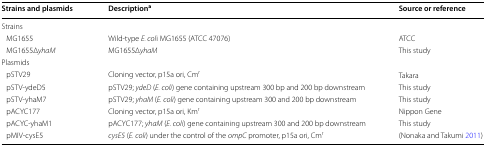
<table><thead><tr><td><b>Strains and plasmids</b></td><td><b>Description<sup>a</sup></b></td><td><b>Source or reference</b></td></tr></thead><tbody><tr><td colspan="3">Strains</td></tr><tr><td> MG1655</td><td>Wild-type <i>E. col</i>i MG1655 (ATCC 47076)</td><td>ATCC</td></tr><tr><td> MG1655Δ<i>yhaM</i></td><td>MG1655Δ<i>yhaM</i></td><td>This study</td></tr><tr><td colspan="3">Plasmids</td></tr><tr><td> pSTV29</td><td>Cloning vector, p15a ori, Cm<sup>r</sup></td><td>Takara</td></tr><tr><td> pSTV-ydeD5</td><td>pSTV29; <i>ydeD</i> (<i>E. coli</i>) gene containing upstream 300 bp and 200 bp downstream</td><td>This study</td></tr><tr><td> pSTV-yhaM7</td><td>pSTV29; <i>yhaM</i> (<i>E. coli</i>) gene containing upstream 300 and 200 bp downstream</td><td>This study</td></tr><tr><td> pACYC177</td><td>Cloning vector, p15a ori, Km<sup>r</sup></td><td>Nippon Gene</td></tr><tr><td> pACYC-yhaM1</td><td>pACYC177; <i>yhaM</i> (<i>E. coli</i>) gene containing upstream 300 and 200 bp downstream</td><td>This study</td></tr><tr><td> pMIV-cysE5</td><td><i>cysE5</i> (<i>E. coli</i>) under the control of the <i>ompC</i> promoter, p15a ori, Cm<sup>r</sup></td><td>(Nonaka and Takumi 2011)</td></tr></tbody></table>